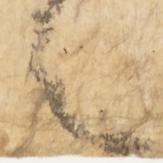
言